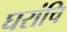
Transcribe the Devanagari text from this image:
घरांचि